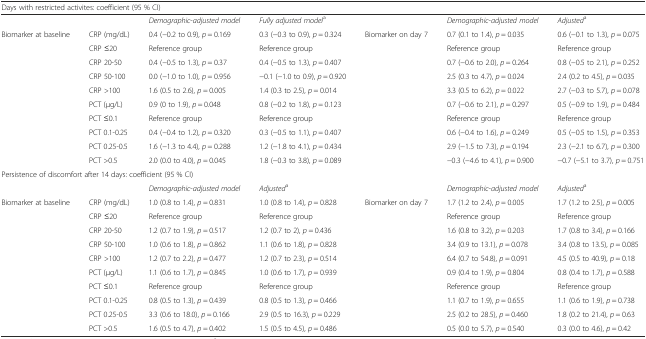
<table><thead><tr><td colspan="7"><b>Days with restricted activites: coefficient (95 % CI)</b></td></tr></thead><tbody><tr><td colspan="2"></td><td><i>Demographic</i>-<i>adjusted model</i></td><td colspan="2"><i>Fully adjusted model</i><sup>a</sup></td><td><i>Demographic</i>-<i>adjusted model</i></td><td><i>Adjusted</i><sup>a</sup></td></tr><tr><td rowspan="10">Biomarker at baseline</td><td>CRP (mg/dL)</td><td>0.4 (−0.2 to 0.9), <i>p</i> = 0.169</td><td>0.3 (−0.3 to 0.9), <i>p</i> = 0.324</td><td rowspan="10">Biomarker on day 7</td><td>0.7 (0.1 to 1.4), <i>p</i> = 0.035</td><td>0.6 (−0.1 to 1.3), <i>p</i> = 0.075</td></tr><tr><td>CRP ≤20</td><td>Reference group</td><td>Reference group</td><td>Reference group</td><td>Reference group</td></tr><tr><td>CRP 20-50</td><td>0.4 (−0.5 to 1.3), <i>p</i> = 0.37</td><td>0.4 (−0.5 to 1.3), <i>p</i> = 0.407</td><td>0.7 (−0.6 to 2.0), <i>p</i> = 0.264</td><td>0.8 (−0.5 to 2.1), <i>p</i> = 0.252</td></tr><tr><td>CRP 50-100</td><td>0.0 (−1.0 to 1.0), <i>p</i> = 0.956</td><td>−0.1 (−1.0 to 0.9), <i>p</i> = 0.920</td><td>2.5 (0.3 to 4.7), <i>p</i> = 0.024</td><td>2.4 (0.2 to 4.5), <i>p</i> = 0.035</td></tr><tr><td>CRP &gt;100</td><td>1.6 (0.5 to 2.6), <i>p</i> = 0.005</td><td>1.4 (0.3 to 2.5), <i>p</i> = 0.014</td><td>3.3 (0.5 to 6.2), <i>p</i> = 0.022</td><td>2.7 (−0.3 to 5.7), <i>p</i> = 0.078</td></tr><tr><td>PCT (μg/L)</td><td>0.9 (0 to 1.9), <i>p</i> = 0.048</td><td>0.8 (−0.2 to 1.8), <i>p</i> = 0.123</td><td>0.7 (−0.6 to 2.1), <i>p</i> = 0.297</td><td>0.5 (−0.9 to 1.9), <i>p</i> = 0.484</td></tr><tr><td>PCT ≤0.1</td><td>Reference group</td><td>Reference group</td><td>Reference group</td><td>Reference group</td></tr><tr><td>PCT 0.1-0.25</td><td>0.4 (−0.4 to 1.2), <i>p</i> = 0.320</td><td>0.3 (−0.5 to 1.1), <i>p</i> = 0.407</td><td>0.6 (−0.4 to 1.6), <i>p</i> = 0.249</td><td>0.5 (−0.5 to 1.5), <i>p</i> = 0.353</td></tr><tr><td>PCT 0.25-0.5</td><td>1.6 (−1.3 to 4.4), <i>p</i> = 0.288</td><td>1.2 (−1.8 to 4.1), <i>p</i> = 0.434</td><td>2.9 (−1.5 to 7.3), <i>p</i> = 0.194</td><td>2.3 (−2.1 to 6.7), <i>p</i> = 0.300</td></tr><tr><td>PCT &gt;0.5</td><td>2.0 (0.0 to 4.0), <i>p</i> = 0.045</td><td>1.8 (−0.3 to 3.8), <i>p</i> = 0.089</td><td>−0.3 (−4.6 to 4.1), <i>p</i> = 0.900</td><td>−0.7 (−5.1 to 3.7), <i>p</i> = 0.751</td></tr><tr><td colspan="7">Persistence of discomfort after 14 days: coefficient (95 % CI)</td></tr><tr><td colspan="2"></td><td><i>Demographic</i>-<i>adjusted model</i></td><td colspan="2"><i>Adjusted</i><sup>a</sup></td><td><i>Demographic</i>-<i>adjusted model</i></td><td><i>Adjusted</i><sup>a</sup></td></tr><tr><td rowspan="10">Biomarker at baseline</td><td>CRP (mg/dL)</td><td>1.0 (0.8 to 1.4), <i>p</i> = 0.831</td><td>1.0 (0.8 to 1.4), <i>p</i> = 0.828</td><td rowspan="10">Biomarker on day 7</td><td>1.7 (1.2 to 2.4), <i>p</i> = 0.005</td><td>1.7 (1.2 to 2.5), <i>p</i> = 0.005</td></tr><tr><td>CRP ≤20</td><td>Reference group</td><td>Reference group</td><td>Reference group</td><td>Reference group</td></tr><tr><td>CRP 20-50</td><td>1.2 (0.7 to 1.9), <i>p</i> = 0.517</td><td>1.2 (0.7 to 2), <i>p</i> = 0.436</td><td>1.6 (0.8 to 3.2), <i>p</i> = 0.203</td><td>1.7 (0.8 to 3.4), <i>p</i> = 0.166</td></tr><tr><td>CRP 50-100</td><td>1.0 (0.6 to 1.8), <i>p</i> = 0.862</td><td>1.1 (0.6 to 1.8), <i>p</i> = 0.828</td><td>3.4 (0.9 to 13.1), <i>p</i> = 0.078</td><td>3.4 (0.8 to 13.5), <i>p</i> = 0.085</td></tr><tr><td>CRP &gt;100</td><td>1.2 (0.7 to 2.2), <i>p</i> = 0.477</td><td>1.2 (0.7 to 2.3), <i>p</i> = 0.514</td><td>6.4 (0.7 to 54.8), <i>p</i> = 0.091</td><td>4.5 (0.5 to 40.9), <i>p</i> = 0.18</td></tr><tr><td>PCT (μg/L)</td><td>1.1 (0.6 to 1.7), <i>p</i> = 0.845</td><td>1.0 (0.6 to 1.7), <i>p</i> = 0.939</td><td>0.9 (0.4 to 1.9), <i>p</i> = 0.804</td><td>0.8 (0.4 to 1.7), <i>p</i> = 0.588</td></tr><tr><td>PCT ≤0.1</td><td>Reference group</td><td>Reference group</td><td>Reference group</td><td>Reference group</td></tr><tr><td>PCT 0.1-0.25</td><td>0.8 (0.5 to 1.3), <i>p</i> = 0.439</td><td>0.8 (0.5 to 1.3), <i>p</i> = 0.466</td><td>1.1 (0.7 to 1.9), <i>p</i> = 0.655</td><td>1.1 (0.6 to 1.9), <i>p</i> = 0.738</td></tr><tr><td>PCT 0.25-0.5</td><td>3.3 (0.6 to 18.0), <i>p</i> = 0.166</td><td>2.9 (0.5 to 16.3), <i>p</i> = 0.229</td><td>2.5 (0.2 to 28.5), <i>p</i> = 0.460</td><td>1.8 (0.2 to 21.4), <i>p</i> = 0.63</td></tr><tr><td>PCT &gt;0.5</td><td>1.6 (0.5 to 4.7), <i>p</i> = 0.402</td><td>1.5 (0.5 to 4.5), <i>p</i> = 0.486</td><td>0.5 (0.0 to 5.7), <i>p</i> = 0.540</td><td>0.3 (0.0 to 4.6), <i>p</i> = 0.42</td></tr></tbody></table>